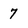
Character: 7